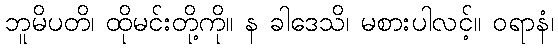
ဘူမိပတိ၊ ထိုမင်းတို့ကို။ န ခါဒေသိ၊ မစားပါလင့်။ ဝရာနံ၊